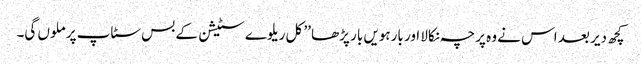
کچھ دیر بعد اس نے وہ پرچہ نکالا اور بارہویں بار پڑھا ’’ کل ریلوے سٹیشن کے بس سٹاپ پر ملوں گی۔